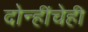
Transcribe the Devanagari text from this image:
दोन्हींचेही